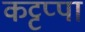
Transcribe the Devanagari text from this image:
कट्टप्पा